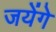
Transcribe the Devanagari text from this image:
जयेंगे